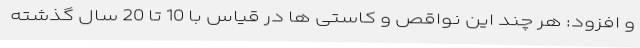
و افزود: هر چند این نواقص و کاستی ها در قیاس با 10 تا 20 سال گذشته